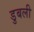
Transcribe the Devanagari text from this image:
डुबली